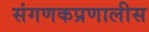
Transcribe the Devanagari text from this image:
संगणकप्रणालीस